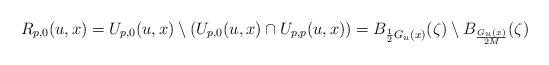
LaTeX: \begin{align*}R_{p,0}(u,x)&=U_{p,0}(u,x)\setminus (U_{p,0}(u,x)\cap U_{p,p}(u,x))=B_{\frac{1}{2}G_u(x)}(\zeta) \setminus B_{\frac{G_u(x)}{2M}}(\zeta)\end{align*}